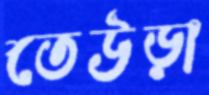
তেউড়া